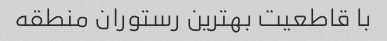
با قاطعیت بهترین رستوران منطقه